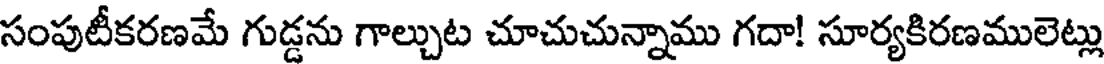
సంపుటీకరణమే గుడ్డను గాల్చుట చూచుచున్నాము గదా! సూర్యకిరణములెట్లు